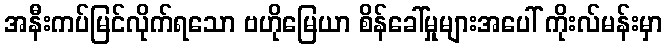
အနီးကပ်မြင်လိုက်ရသော ဗဟိုမြေယာ စိန်ခေါ်မှုများအပေါ် ကိုးလ်မန်းမှာ